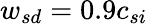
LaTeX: {w_{sd}}=0.9c_{si}